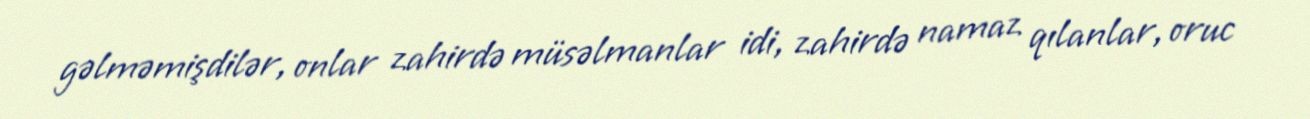
gəlməmişdilər, onlar zahirdə müsəlmanlar idi, zahirdə namaz qılanlar, oruc